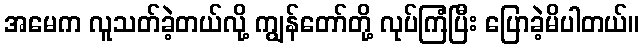
အမေက လူသတ်ခဲ့တယ်လို့ ကျွန်တော်တို့ လုပ်ကြံပြီး ပြောခဲ့မိပါတယ်။